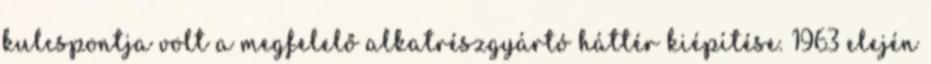
kulcspontja volt a megfelelő alkatrészgyártó háttér kiépítése. 1963 elején